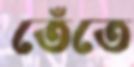
তেঁতে